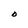
Character: O